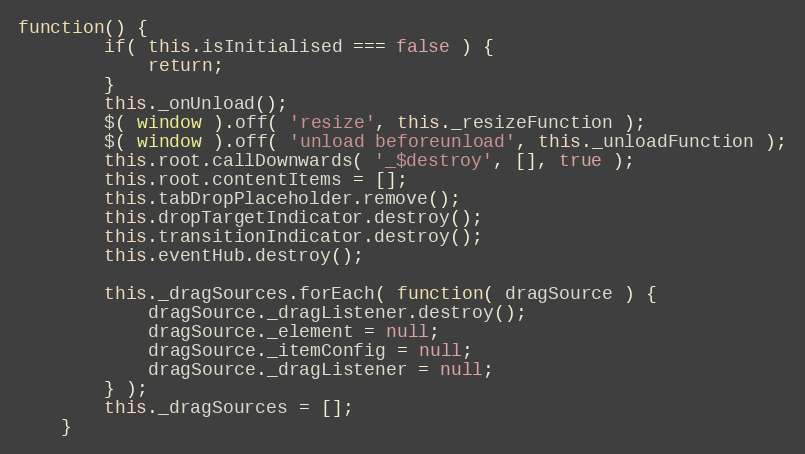
Language: JavaScript
function() {
		if( this.isInitialised === false ) {
			return;
		}
		this._onUnload();
		$( window ).off( 'resize', this._resizeFunction );
		$( window ).off( 'unload beforeunload', this._unloadFunction );
		this.root.callDownwards( '_$destroy', [], true );
		this.root.contentItems = [];
		this.tabDropPlaceholder.remove();
		this.dropTargetIndicator.destroy();
		this.transitionIndicator.destroy();
		this.eventHub.destroy();

		this._dragSources.forEach( function( dragSource ) {
			dragSource._dragListener.destroy();
			dragSource._element = null;
			dragSource._itemConfig = null;
			dragSource._dragListener = null;
		} );
		this._dragSources = [];
	}